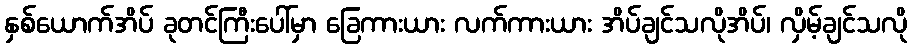
နှစ်ယောက်အိပ် ခုတင်ကြီးပေါ်မှာ ခြေကားယား လက်ကားယား အိပ်ချင်သလိုအိပ်၊ လှိမ့်ချင်သလို